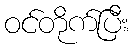
ဝင်တိုက်ပြီး